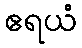
ဧရယံ